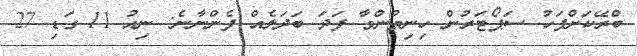
ބްރޭކަށްފަހު ސަޕޯޓަރުން ހިނިތުންވާ ފަދަ ބަދަލެއް ފެންނާނެ: ނިއު 11 ގަޑި 27